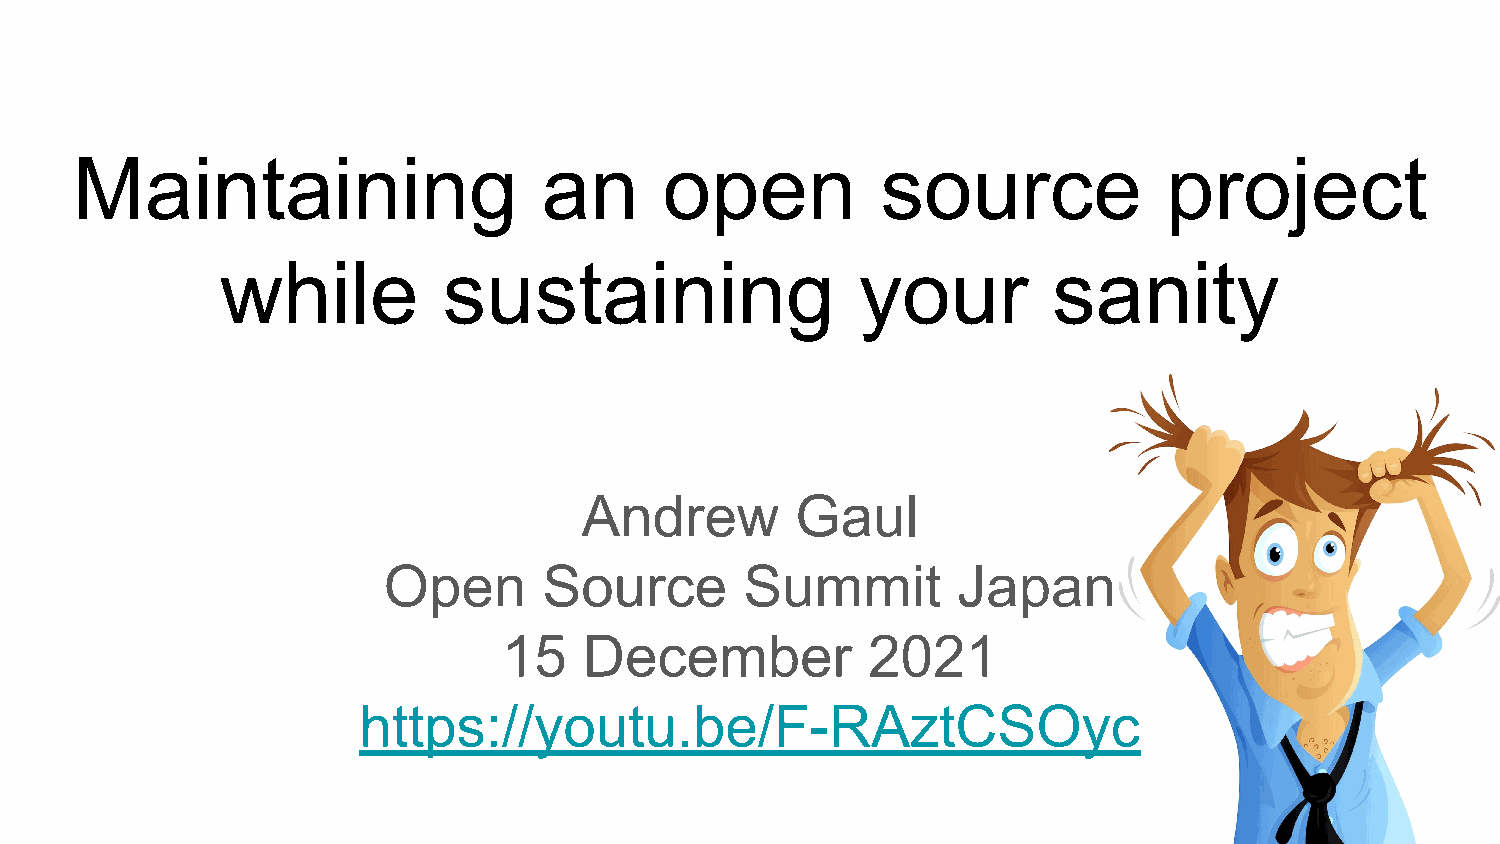
Maintaining                    an      open          source             project
 while         sustaining                  your         sanity
 Andrew         Gaul
 Open       Source       Summit        Japan
 15    December          2021
 https://youtu.be/F-RAztCSOyc